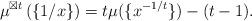
LaTeX: \begin{align*} \mu^{\boxtimes t}\left(\left\{ 1/x\right\} \right)=t\mu (\{x^{-1/t} \})-(t-1).\end{align*}